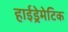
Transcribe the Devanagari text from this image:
हाईड्रेमेटिक